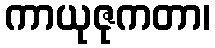
ကာယုဇုကတာ၊